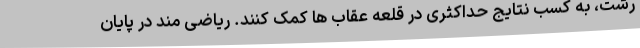
رشت، به کسب نتایج حداکثری در قلعه عقاب ها کمک کنند. ریاضی مند در پایان